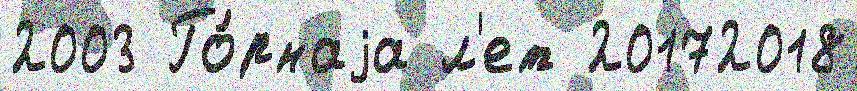
2003 Го́рнаjа л'ет 20172018